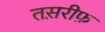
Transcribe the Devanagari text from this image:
तस़रीफ़